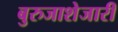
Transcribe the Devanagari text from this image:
बुरुजाशेजारी